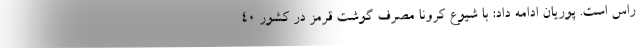
راس است. پوریان ادامه داد: با شیوع کرونا مصرف گوشت قرمز در کشور ۴۰